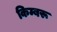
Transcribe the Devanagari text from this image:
किम्बरू